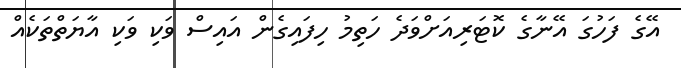
އޭގެ ފަހުގަ އޭނާގެ ކޮޓަރިއަށްވަދެ ހަތިމު ހިފައިގެން އައިސް ވަކި ވަކި އާޔަތްތަކެއް